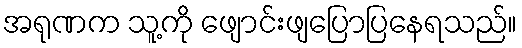
အရုဏက သူ့ကို ဖျောင်းဖျပြောပြနေရသည်။